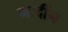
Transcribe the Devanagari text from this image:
मार्दीन